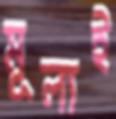
মূল্যই